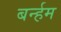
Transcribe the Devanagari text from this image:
बर्न्हम